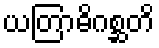
ယတြာဓိဂစ္ဆတိ